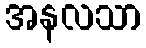
အနလသာ